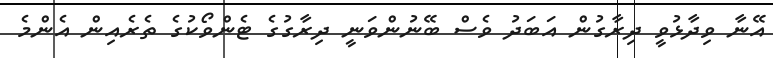
އޭނާ ވިދާޅުވީ ދިރާގުން އަބަދު ވެސް ބޭނުންވަނީ ދިރާގުގެ ޓެންވޯކުގެ ތެރެއިން އެންމެ